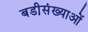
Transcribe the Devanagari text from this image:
बडी़संख्याओं